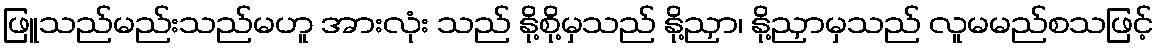
ဖြူသည်မည်းသည်မဟူ အားလုံး သည် နို့စို့မှသည် နို့ညှာ၊ နို့ညှာမှသည် လူမမည်စသဖြင့်